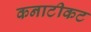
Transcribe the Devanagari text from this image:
कनाटीकट